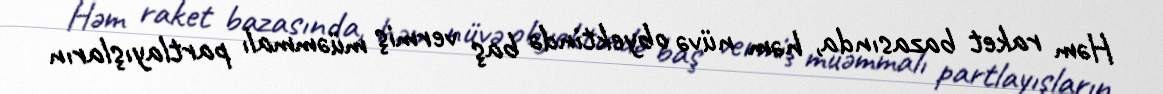
Həm raket bazasında, həm nüvə obyektində baş vermiş müəmmalı partlayışların